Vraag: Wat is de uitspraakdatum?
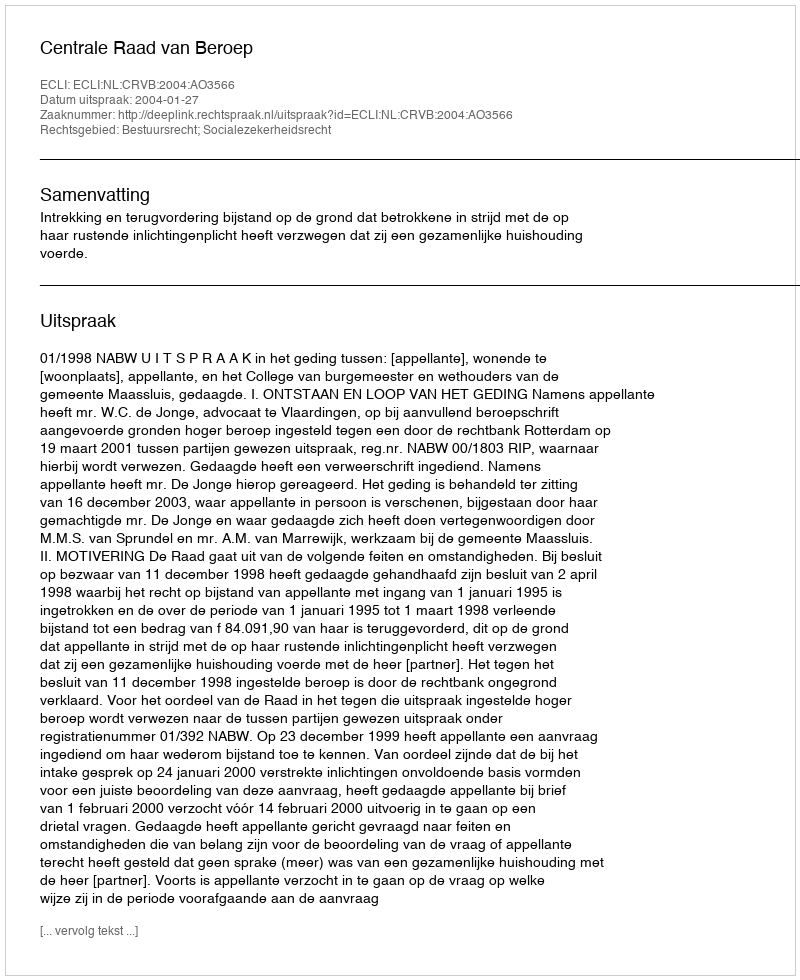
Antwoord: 2004-01-27